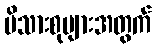
မိသားစုများအတွက်